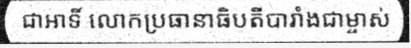
ជាអាទិ៍ លោកប្រធានាធិបតីបារាំងជាម្ចាស់